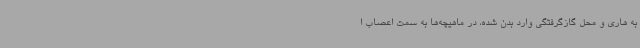
به هاری و محل گازگرفتگی وارد بدن شده، در ماهیچه‌ها به سمت اعصاب ا